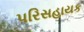
પરિસહાયક